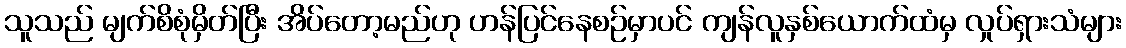
သူသည် မျက်စိစုံမှိတ်ပြီး အိပ်တော့မည်ဟု ဟန်ပြင်နေစဉ်မှာပင် ကျန်လူနှစ်ယောက်ထံမှ လှုပ်ရှားသံများ